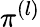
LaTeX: \pi^{(l)}